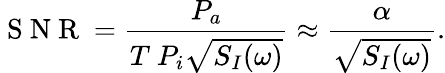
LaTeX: \mathrm{~S~N~R~}=\frac{P_{a}}{T\ P_{i}\sqrt{S_{I}(\omega)}}\approx\frac{\alpha}{\sqrt{S_{I}(\omega)}}.